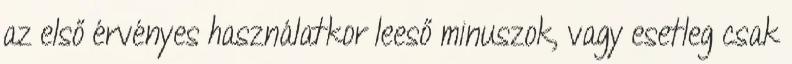
az első érvényes használatkor leeső minuszok, vagy esetleg csak